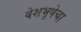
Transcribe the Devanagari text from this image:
वेशभूषेचा